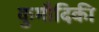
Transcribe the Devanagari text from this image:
कुमौदिकी